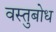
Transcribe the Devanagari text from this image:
वस्तुबोध